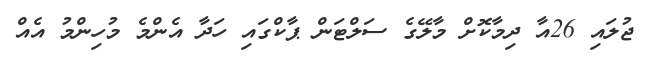
ޖުލައި 26އާ ދިމާކޮށް މާލޭގެ ސަލްޓަން ޕާކްގައި ހަދާ އެންމެ މުހިންމު އެއް